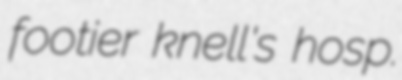
footier knell's hosp.